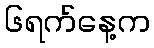
၆ရက်နေ့က